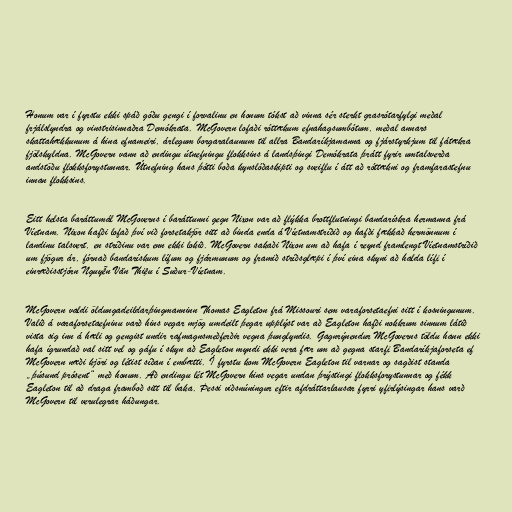
Honum var í fyrstu ekki spáð góðu gengi í forvalinu en honum tókst að vinna sér sterkt grasrótarfylgi meðal
frjálslyndra og vinstrisinnaðra Demókrata. McGovern lofaði róttækum efnahagsumbótum, meðal annars
skattahækkunum á hina efnameiri, árlegum borgaralaunum til allra Bandaríkjamanna og fjárstyrkjum til fátækra
fjölskyldna. McGovern vann að endingu útnefningu flokksins á landsþingi Demókrata þrátt fyrir umtalsverða
andstöðu flokksforystunnar. Útnefning hans þótti boða kynslóðaskipti og sveiflu í átt að róttækni og framfarastefnu
innan flokksins.

Eitt helsta baráttumál McGoverns í baráttunni gegn Nixon var að flýkka brottflutningi bandarískra hermanna frá
Víetnam. Nixon hafði lofað því við forsetakjör sitt að binda enda á Víetnamstríðið og hafði fækkað hermönnum í
landinu talsvert, en stríðinu var enn ekki lokið. McGovern sakaði Nixon um að hafa í reynd framlengt Víetnamstríðið
um fjögur ár, fórnað bandarískum lífum og fjármunum og framið stríðsglæpi í því eina skyni að halda lífi í
einræðisstjórn Nguyễn Văn Thiệu í Suður-Víetnam.

McGovern valdi öldungadeildarþingmanninn Thomas Eagleton frá Missouri sem varaforsetaefni sitt í kosningunum.
Valið á varaforsetaefninu varð hins vegar mjög umdeilt þegar upplýst var að Eagleton hafði nokkrum sinnum látið
vista sig inn á hæli og gengist undir rafmagnsmeðferðir vegna þunglyndis. Gagnrýnendur McGoverns töldu hann ekki
hafa ígrundað val sitt vel og gáfu í skyn að Eagleton myndi ekki vera fær um að gegna starfi Bandaríkjaforseta ef
McGovern næði kjöri og létist síðan í embætti. Í fyrstu kom McGovern Eagleton til varnar og sagðist standa
„þúsund prósent“ með honum. Að endingu lét McGovern hins vegar undan þrýstingi flokksforystunnar og fékk
Eagleton til að draga framboð sitt til baka. Þessi viðsnúningur eftir afdráttarlausar fyrri yfirlýsingar hans varð
McGovern til verulegrar háðungar.